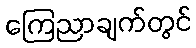
ကြေညာချက်တွင်